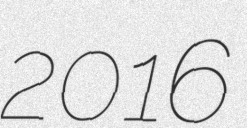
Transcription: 2016